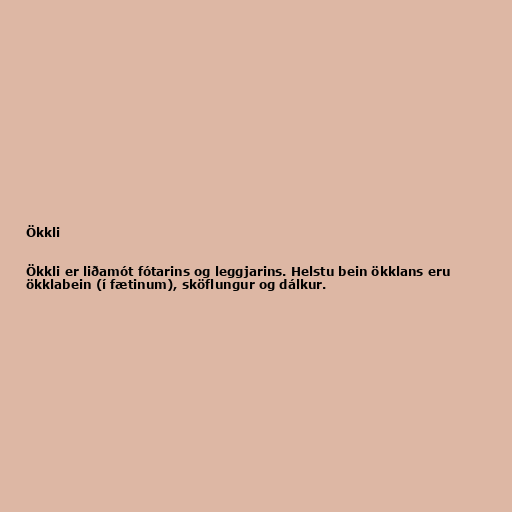
Ökkli

Ökkli er liðamót fótarins og leggjarins. Helstu bein ökklans eru
ökklabein (í fætinum), sköflungur og dálkur.